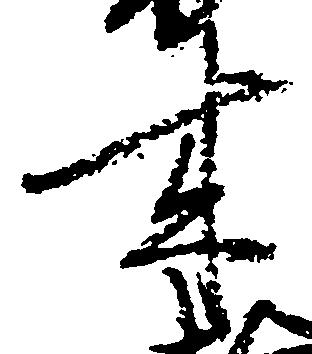
来